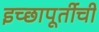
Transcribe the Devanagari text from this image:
इच्छापूर्तीची